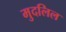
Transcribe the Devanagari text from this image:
मुदलिल